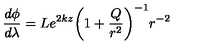
\frac { d \phi } { d \lambda } = L e ^ { 2 k z } { \left( 1 + \frac { Q } { r ^ { 2 } } \right) } ^ { - 1 } r ^ { - 2 }